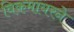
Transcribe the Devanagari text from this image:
विकमायरने